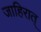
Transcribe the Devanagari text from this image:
जाहिरात्